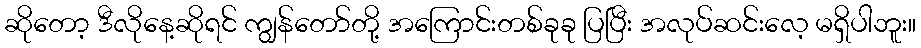
ဆိုတော့ ဒီလိုနေ့ဆိုရင် ကျွန်တော်တို့ အကြောင်းတစ်ခုခု ပြပြီး အလုပ်ဆင်းလေ့ မရှိပါဘူး။